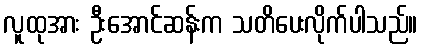
လူထုအား ဦးအောင်ဆန်းက သတိပေးလိုက်ပါသည်။